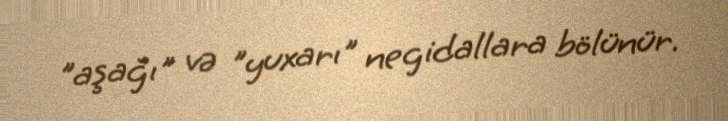
"aşağı" və "yuxarı" negidallara bölünür.